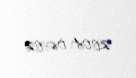
2004-06-02